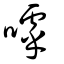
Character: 嘑